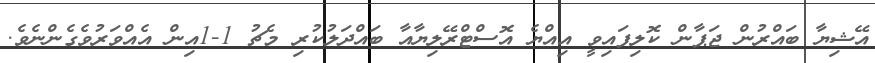
އޭޝިޔާ ބައްރުން ޖަޕާން ކޮލިފައިވީ އިއްޔެ އޮސްޓްރޭލިޔާއާ ބައްދަލުކުރި މެޗު 1-1އިން އެއްވަރުވެގެންނެވެ.